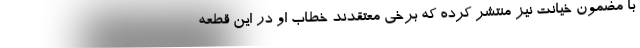
با مضمون خیانت نیز منتشر کرده که برخی معتقدند خطاب او در این قطعه